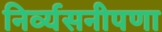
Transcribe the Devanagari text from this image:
निर्व्यसनीपणा